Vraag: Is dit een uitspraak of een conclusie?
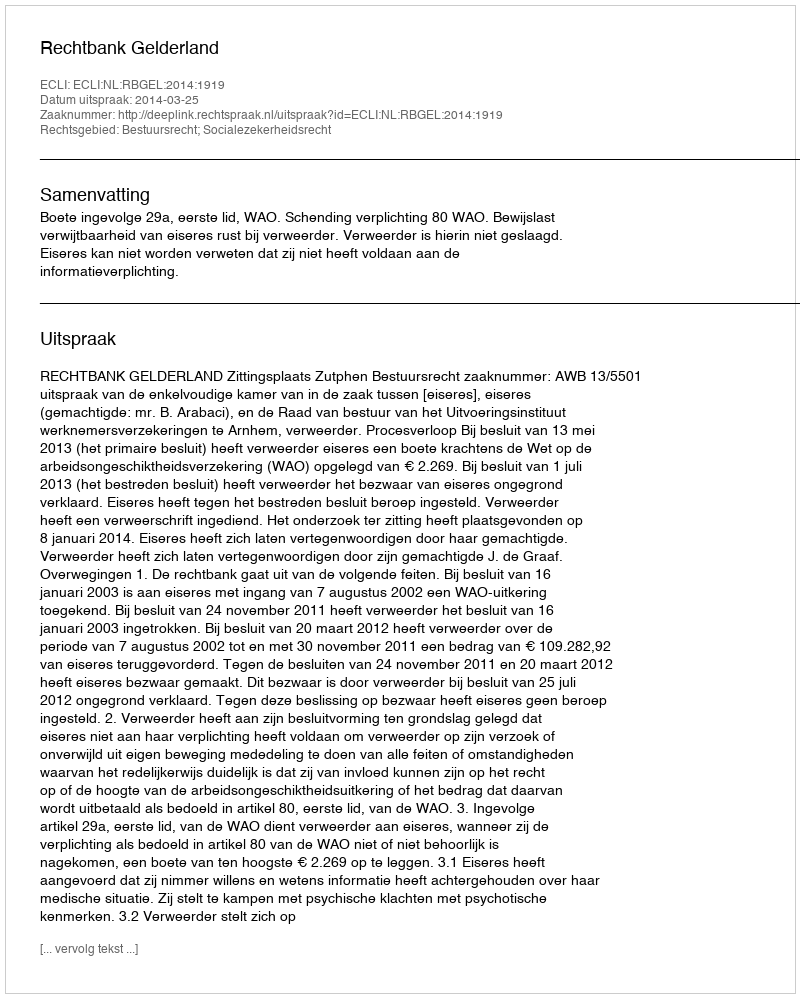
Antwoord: Uitspraak